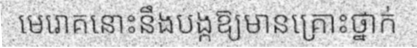
មេរោគនោះនឹងបង្កឱ្យមានគ្រោះថ្នាក់